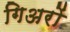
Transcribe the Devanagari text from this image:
गिअरों